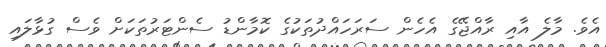
އެވެ. މާލެ އާއި ރާއްޖޭގެ އެހެން ސަރަހައްދުތަކުގެ ކޮމާންޑު ސެންޓަރުތަކަށް ވެސް ގުޅާލައި